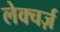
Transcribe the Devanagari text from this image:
लेक्चर्ज़